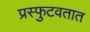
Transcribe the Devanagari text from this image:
प्रस्फुटवतात